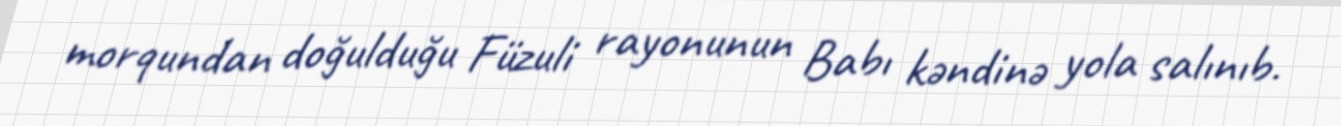
morqundan doğulduğu Füzuli rayonunun Babı kəndinə yola salınıb.